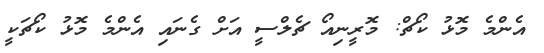
އެންމެ މޮޅު ކޯޗް: މޮރީނިއޯ ޗެލްސީ އަށް ގެނައި އެންމެ މޮޅު ކޯޗަކީ